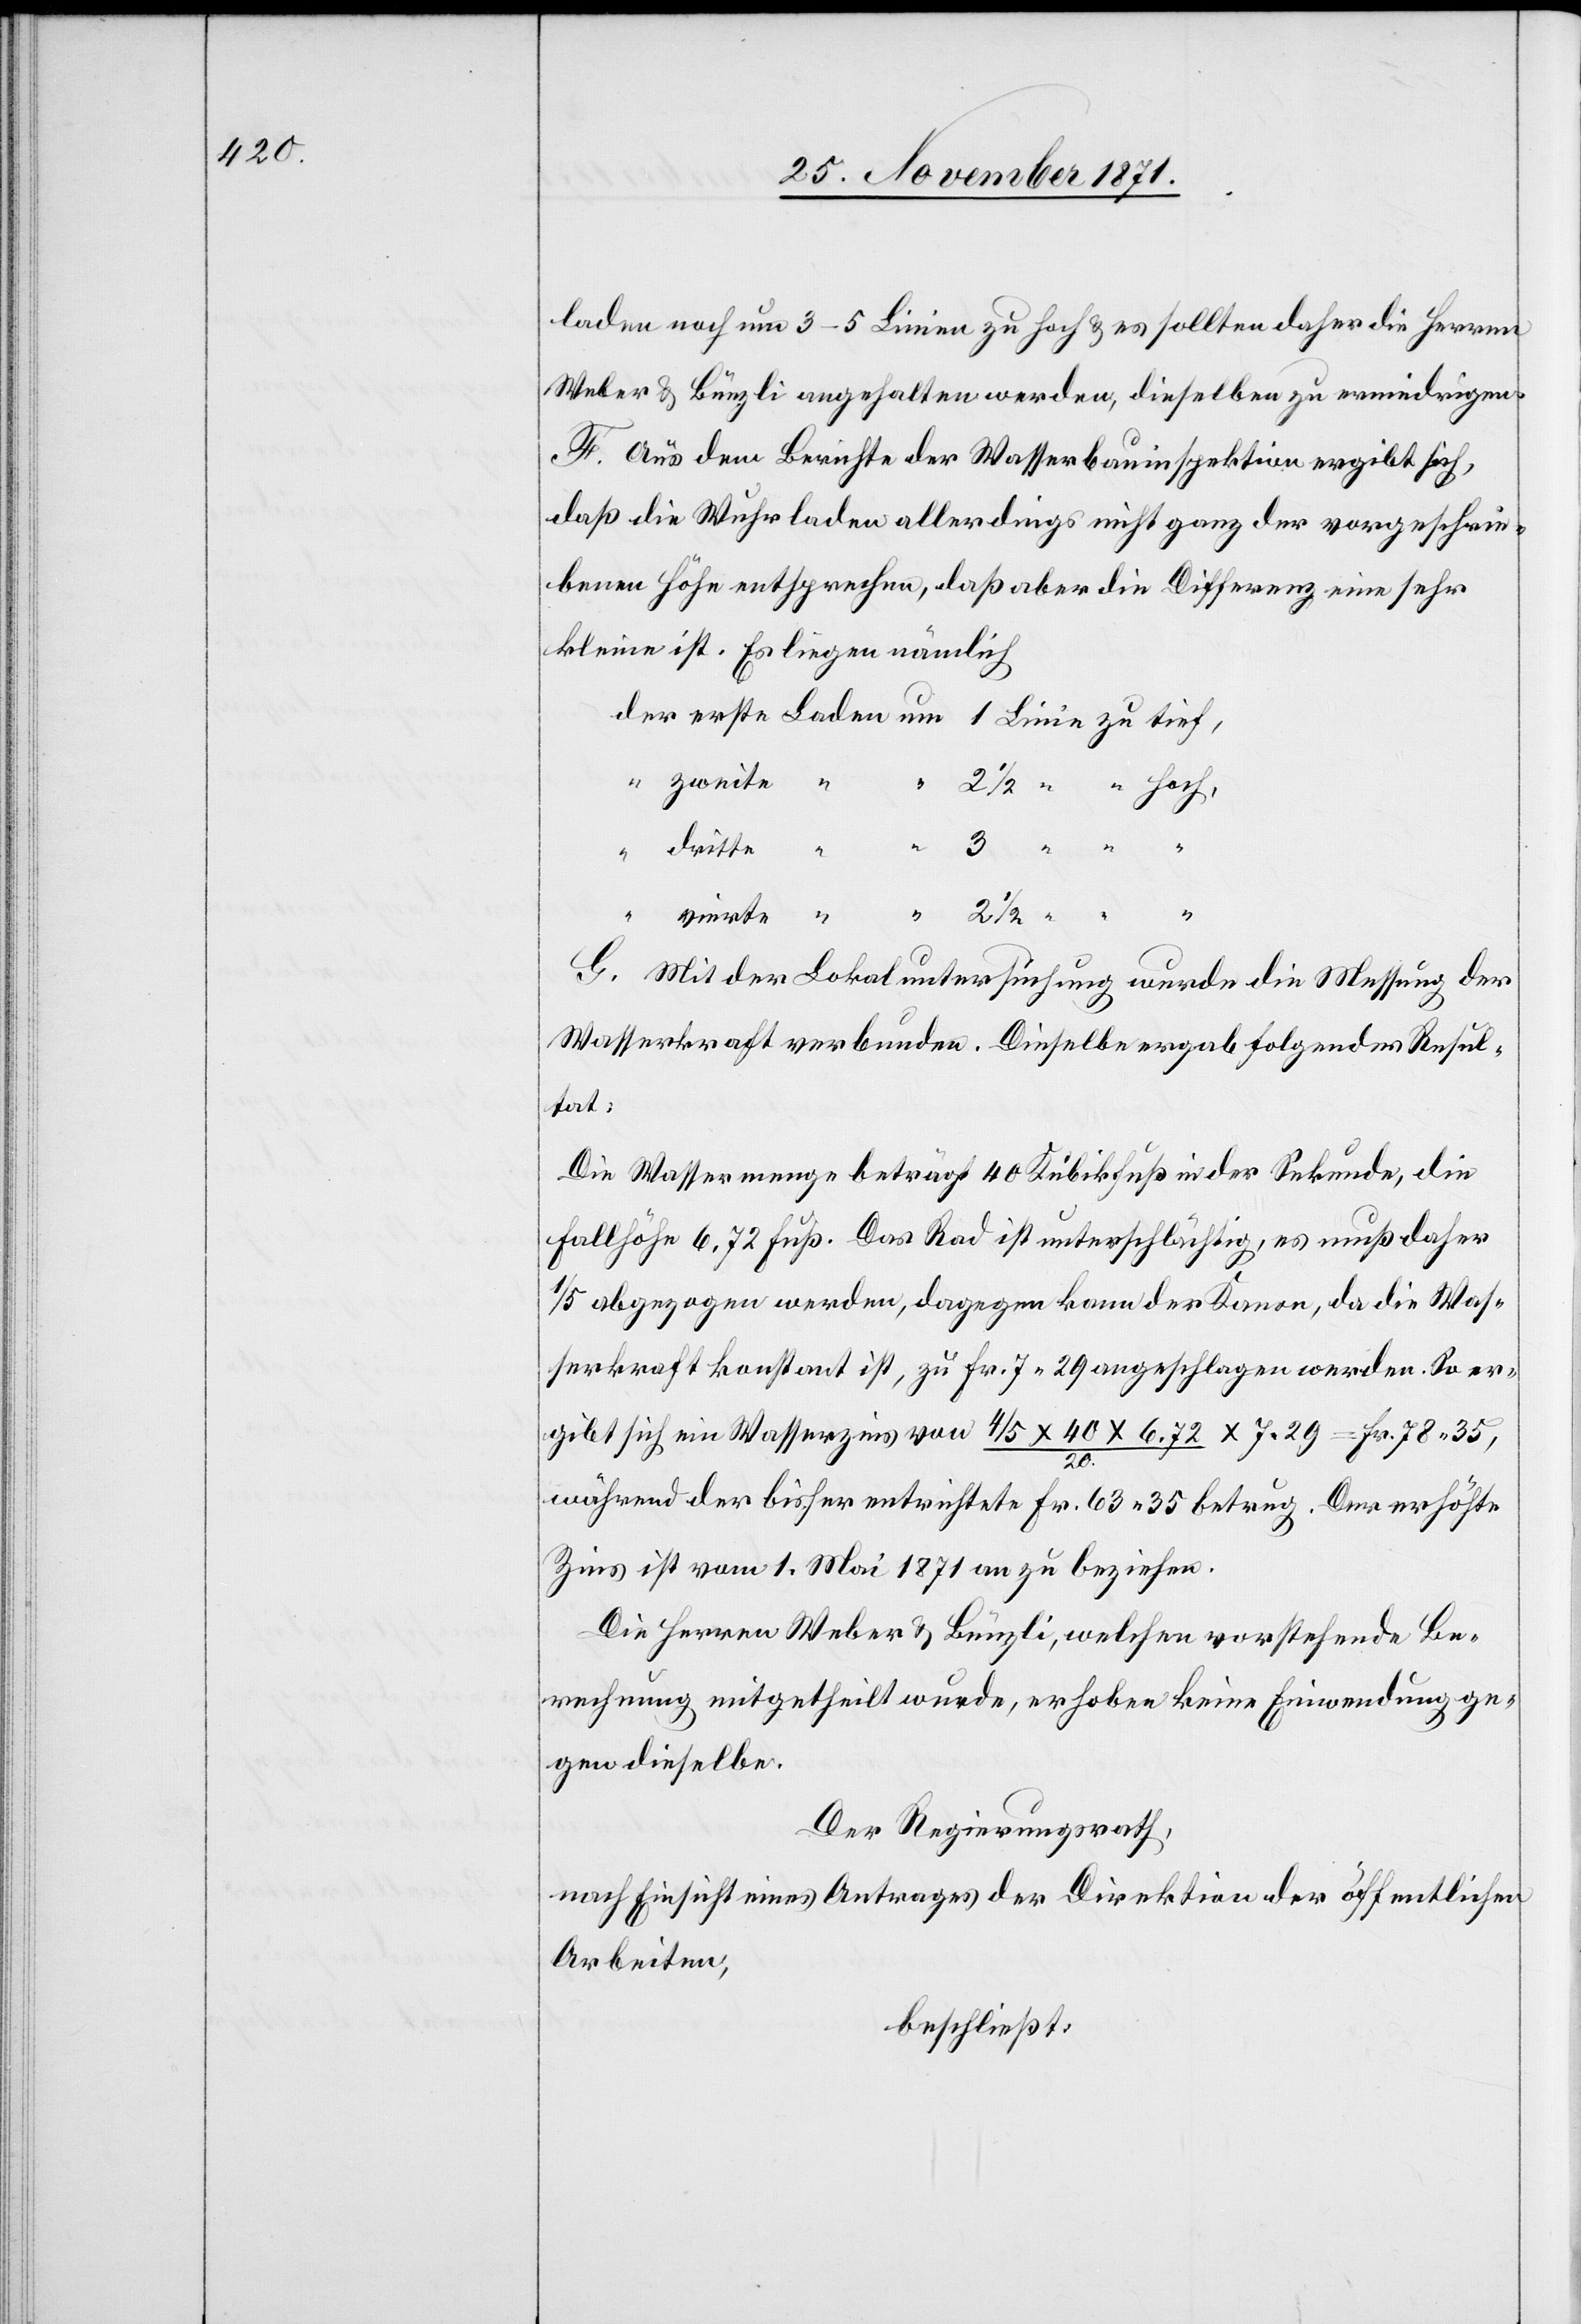
laden noch um 3–5 Linien zu hoch & es sollten daher die Herren
Weber & Bünzli angehalten werden, dieselben zu erniedrigen.
F. Aus dem Berichte der Wasserbauinspektion ergibt sich,
daß die Wuhrladen allerdings nicht ganz der vorgeschrie¬
benen Höhe entsprechen, daß aber die Differenz eine sehr
kleine ist. Es liegen nämlich
G. Mit der Lokaluntersuchung wurde die Messung der
Wasserkraft verbunden. Dieselbe ergab folgendes Resul¬
tat:
Die Wassermenge beträgt 40 Kubikfuß in der Sekunde, die
Fallhöhe 6.72 Fuß. Das Rad ist unterschlächtig, es muß daher
1/5 abgegangen werden, dagegen kann der Kanon, da die Was¬
serkraft konstant ist, zu Fr. 7.20 angeschlagen werden. So er¬
gibt sich ein Wasserzins von 4/5 x 40 x 6.72 / 20 x 7.29 = Fr. 78.35,
2
während der bisher entrichtete Fr. 63.35 betrug. Der erhöhte
Zinst ist vom 1. Mai 1871 an zu beziehen.
Die Herren Weber & Bünzli, welchen vorstehende Be¬
rechnung mitgetheilt wurde, erhoben keine Einwendung ge¬
gen dieselbe.
Der Regierungsrath,
nach Einsicht eines Antrages der Direktion der öffentlichen
Arbeiten,
beschließt: